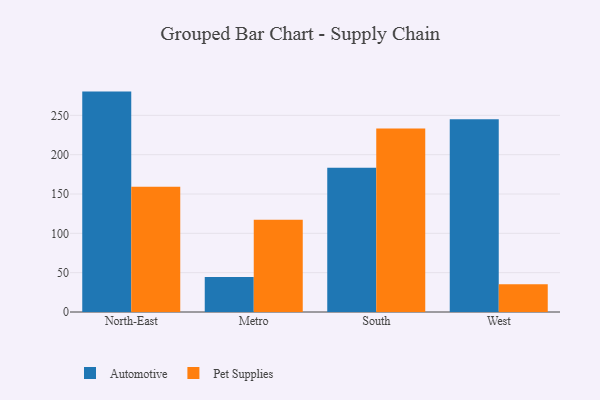
{"axis": {"x": "Region", "y": "Production Output"}, "legend": ["Automotive", "Pet Supplies"], "data": [{"x": "North-East", "y": 280.2, "type": "Automotive"}, {"x": "North-East", "y": 159.1, "type": "Pet Supplies"}, {"x": "Metro", "y": 44.6, "type": "Automotive"}, {"x": "Metro", "y": 117.3, "type": "Pet Supplies"}, {"x": "South", "y": 183.5, "type": "Automotive"}, {"x": "South", "y": 233.2, "type": "Pet Supplies"}, {"x": "West", "y": 245.0, "type": "Automotive"}, {"x": "West", "y": 35.2, "type": "Pet Supplies"}]}